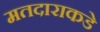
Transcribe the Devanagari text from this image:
मतदाराकडे